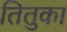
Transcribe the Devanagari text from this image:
तितुका